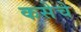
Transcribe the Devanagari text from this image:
कसेचे